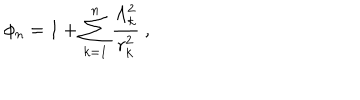
\phi _ { n } = 1 + \sum _ { k = 1 } ^ { n } \frac { \Lambda _ { k } ^ { 2 } } { r _ { k } ^ { 2 } } \ ,